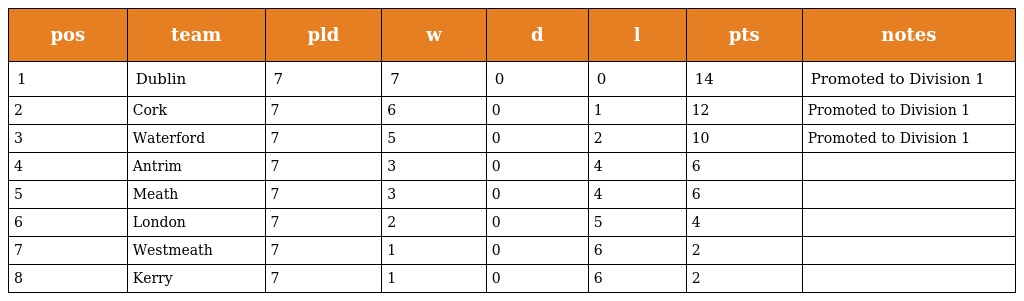
| pos | team | pld | w | d | l | pts | notes |
 | --- | --- | --- | --- | --- | --- | --- | --- |
 | 1 | Dublin | 7 | 7 | 0 | 0 | 14 | Promoted to Division 1 |
 | 2 | Cork | 7 | 6 | 0 | 1 | 12 | Promoted to Division 1 |
 | 3 | Waterford | 7 | 5 | 0 | 2 | 10 | Promoted to Division 1 |
 | 4 | Antrim | 7 | 3 | 0 | 4 | 6 |  |
 | 5 | Meath | 7 | 3 | 0 | 4 | 6 |  |
 | 6 | London | 7 | 2 | 0 | 5 | 4 |  |
 | 7 | Westmeath | 7 | 1 | 0 | 6 | 2 |  |
 | 8 | Kerry | 7 | 1 | 0 | 6 | 2 |  |